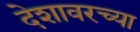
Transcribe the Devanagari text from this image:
देशावरच्या